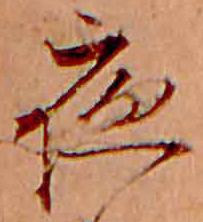
夜